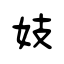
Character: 妓